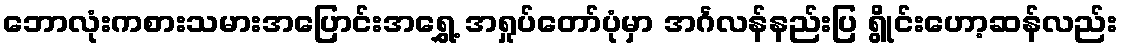
ဘောလုံးကစားသမားအပြောင်းအရွှေ့ အရှုပ်တော်ပုံမှာ အင်္ဂလန်နည်းပြ ရွိုင်းဟော့ဆန်လည်း